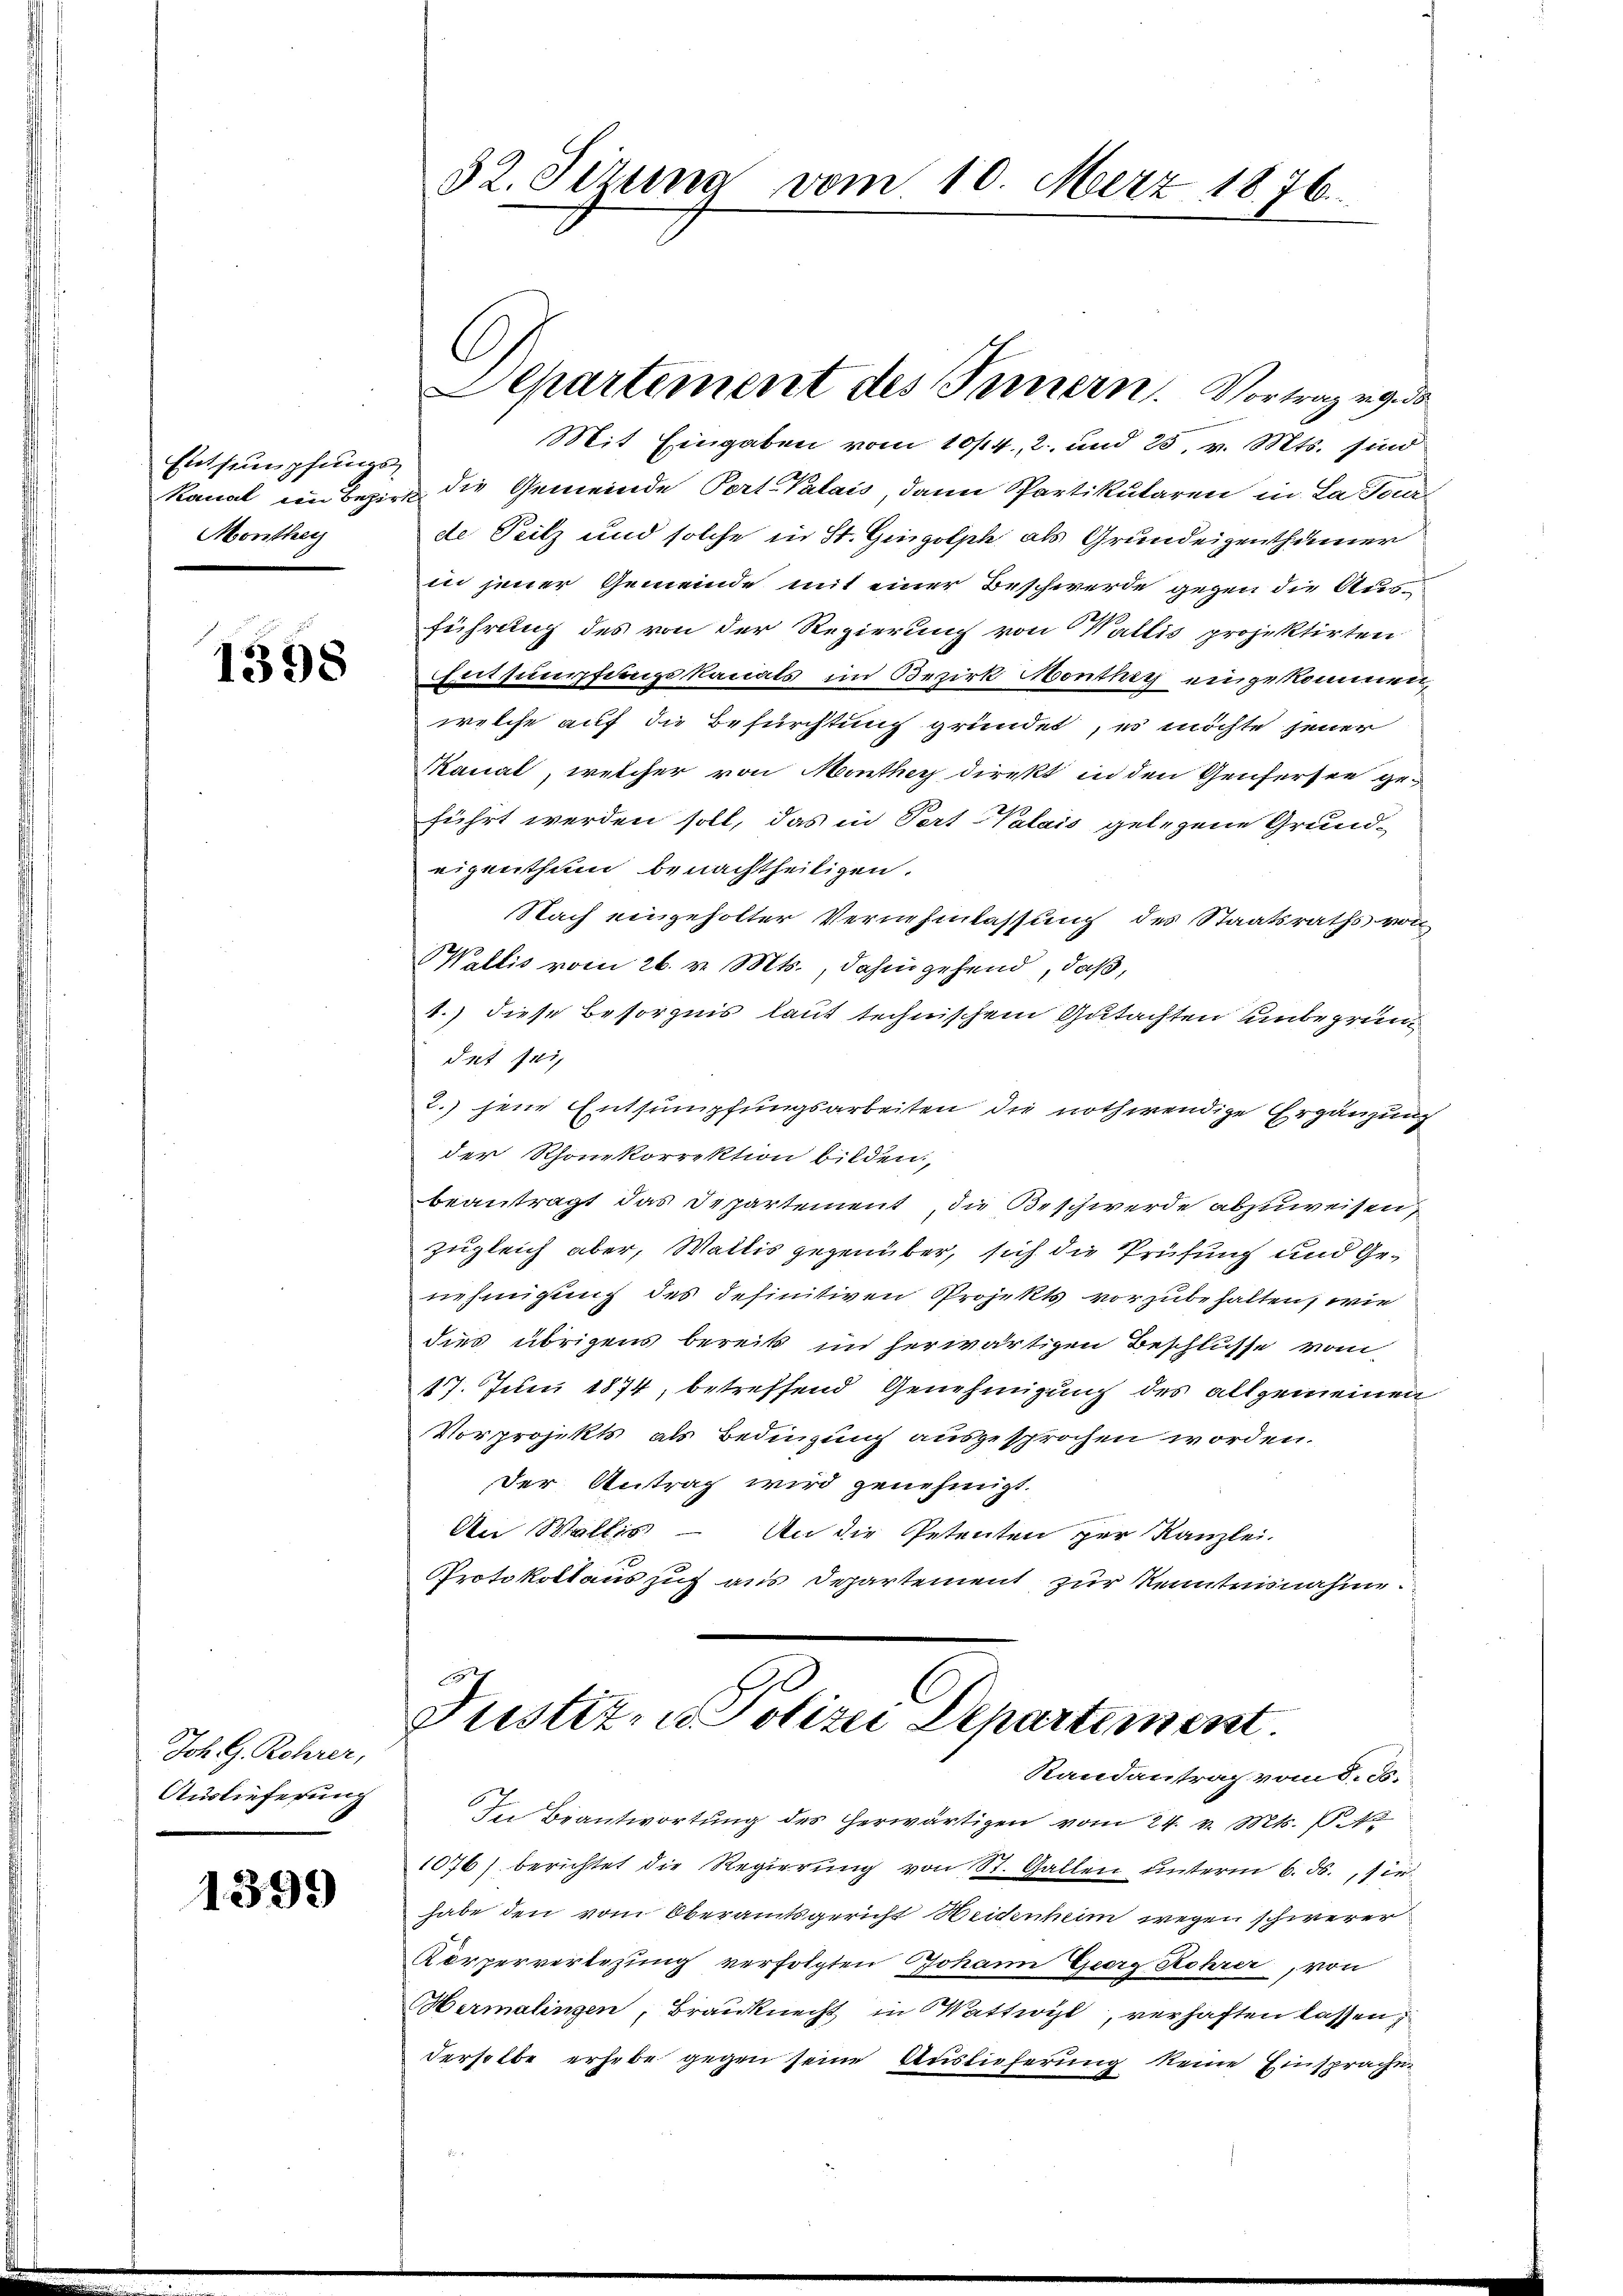
Entsumpfungs¬
Monthey

1398

Joh. G. Rohrer,
Auslieferung

1399

Mit Eingaben vom 10/14., 2. und 25. v. Mts. sind
kanal ein Bezirk die Gemeinde Port. Valais, dann Partikularen in La Four
de Peilz und solche in St. Gingolph als Grundeigenthümer
in jener Gemeinde mit einer Beschwerde gegen die Ausführung des von der Regierung von Wallis projektirten
Entsumpfungskanals im Bezirk Southig eingekommen,
welche auf die Befürchtung gründet, es möchte jener
Maual, welcher von Monthey direkt in den Genfersee ge-
führt werden soll, das in Part Valais gelegene Grundeigenthum benachtheiligen.
Nach eingeholter Vernehmlassung des Staatsraths von
Wallis vom 26. v. Mts., dahingehend, daß,
1.) diese Besorgnis laut technischem Gutachten unbegründ
det sei,
2. jene Entsumpfungsarbeiten die nothwendige Ergänzung
der Rhonekorrektion bilden.
beantragt das Departement die Beschwerde abzuweisen,
zugleich aber, Wallis gegenüber, sich die Prüfung und Genehmigung des definitiven Projekts vorzubehalten, wie
dies übrigens bereits in herwärtigen Beschlusse vom
17. Juni 1874, betreffend Genehmigung des allgemeinen
Vorprojekts als Bedingung ausgesprochen worden.
Der Antrag wird genehmigt.
An Wallis - An die Petenten per Kanzlei-
Protokollauszug aus Departement zur Kenntnisnahme

32. Sizung vom 10. März 1876.

Departement des Ternern. Vortrag geda

C
Justizen Polizei Departement.
Randantrag vom 8. d.

In Beantwortung des herwärtigen vom 24. v. Mts. N
1076) berichtet die Regierung von St. Gallen unterm 6. ds., sie
habe den vom Oberamtsgericht Weidenheim wegen schwerer
Körperverlegung verfolgten Johann Georg Rohrer, von
Hermalingen, Brauknecht in Wattwyl, verhaften lassen,
derselbe erhebe gegen seine Auslieferung keine Einsprachen